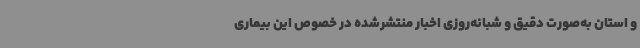
و استان به‌صورت دقیق و شبانه‌روزی اخبار منتشرشده در خصوص این بیماری